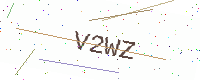
Text: V2WZ